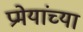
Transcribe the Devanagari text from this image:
प्रमेयांच्या